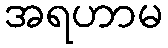
အရဟာမ